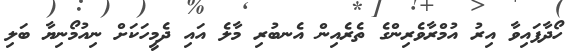
ހޯދާފައިވާ އިރު އުމްރާވެރިންގެ ތެރެއިން އެނބުރި މާލެ އައި ދެމީހަކަށް ނިއުމޯނިޔާ ބަލި